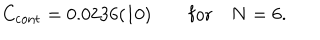
C _ { \mathrm { c o n t } } = 0 . 0 2 3 6 ( 1 0 ) \qquad \mathrm { f o r } \quad N = 6 .